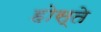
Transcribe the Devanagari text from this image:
होस्ते